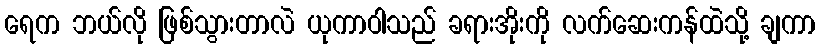
ရေက ဘယ်လို ဖြစ်သွားတာလဲ ယုကာဝါသည် ခရားအိုးကို လက်ဆေးကန်ထဲသို့ ချကာ